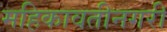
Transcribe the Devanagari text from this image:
महिकावतीनगरी